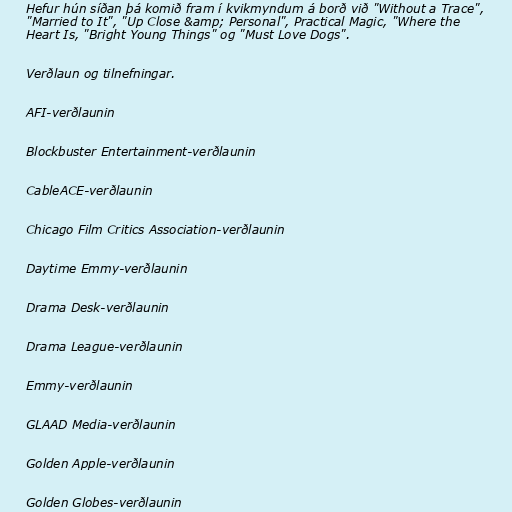
Hefur hún síðan þá komið fram í kvikmyndum á borð við "Without a Trace",
"Married to It", "Up Close &amp; Personal", Practical Magic, "Where the
Heart Is, "Bright Young Things" og "Must Love Dogs".

Verðlaun og tilnefningar.

AFI-verðlaunin

Blockbuster Entertainment-verðlaunin

CableACE-verðlaunin

Chicago Film Critics Association-verðlaunin

Daytime Emmy-verðlaunin

Drama Desk-verðlaunin

Drama League-verðlaunin

Emmy-verðlaunin

GLAAD Media-verðlaunin

Golden Apple-verðlaunin

Golden Globes-verðlaunin